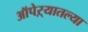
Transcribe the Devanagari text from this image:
ऑपेऱ्यातल्या